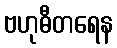
ဗဟုဓီတရေန